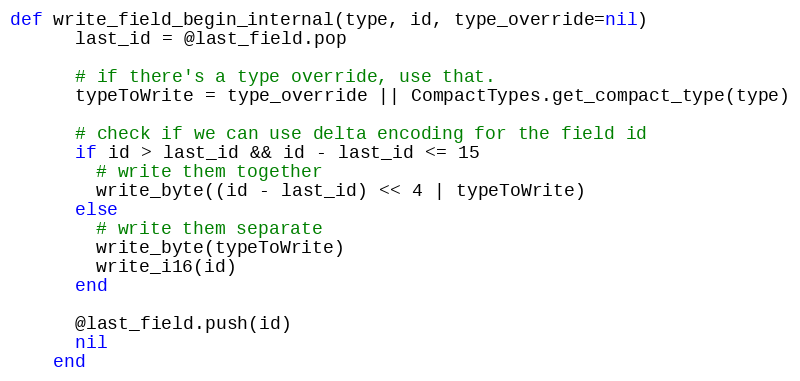
Language: Ruby
def write_field_begin_internal(type, id, type_override=nil)
      last_id = @last_field.pop

      # if there's a type override, use that.
      typeToWrite = type_override || CompactTypes.get_compact_type(type)

      # check if we can use delta encoding for the field id
      if id > last_id && id - last_id <= 15
        # write them together
        write_byte((id - last_id) << 4 | typeToWrite)
      else
        # write them separate
        write_byte(typeToWrite)
        write_i16(id)
      end

      @last_field.push(id)
      nil
    end